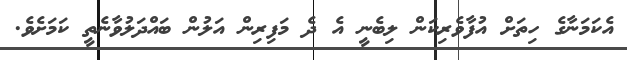
އެކަމަނާގެ ހިތަށް އުފާވެރިކަން ލިބެނީ އެ ދެ މަފިރިން އަލުން ބައްދަލުވާނެތީ ކަމަށެވެ.